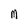
Character: M